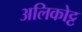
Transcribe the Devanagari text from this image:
अलिकोट्ट